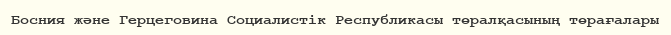
Босния және Герцеговина Социалистік Республикасы төралқасының төрағалары